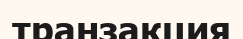
транзакция